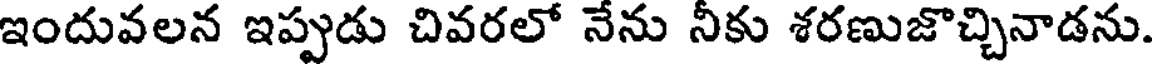
ఇందువలన ఇప్పుడు చివరలో నేను నీకు శరణుజొచ్చినాడను.